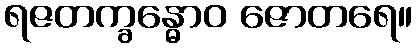
ရဇတက္ခန္ဓောဝ ဇောတရေ။